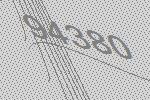
94380